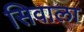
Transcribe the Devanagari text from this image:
सिवाला